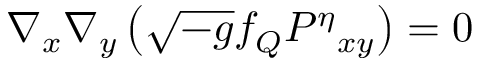
{ \nabla _ { x } } { \nabla _ { y } } \left( \sqrt { - g } { f _ { Q } } { P ^ { \eta } } _ { x y } \right) = 0